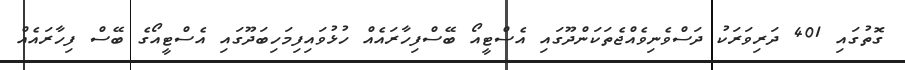
ގޮތުގައި 401 ދަރިވަރަކު ދަސްވެނިވެއްޖެތަކަންދޫގައި އެސްޓީއޯ ބޭސްފިހާރައެއް ހުޅުވައިފިމަހިބަދޫގައި އެސްޓީއޯގެ ބޭސް ފިހާރައެއް